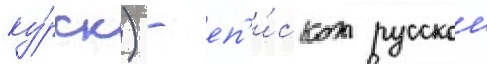
ку́рск) - еп'и́скоп русскои